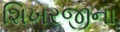
શિખરજીના